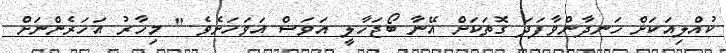
ކުއްލިއަކަށް ހަނދާންވާފަދަ ގޮތަކަށް އޭނާ ބޯޖަހާލީ އަވަސް އަވަހަށެވެ " މިހާރު އަހަރެންނަށް